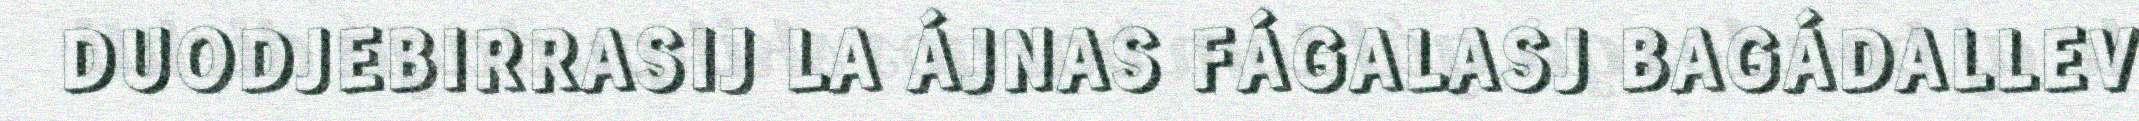
DUODJEBIRRASIJ LA ÁJNAS FÁGALASJ BAGÁDALLEV